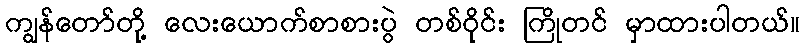
ကျွန်တော်တို့ လေးယောက်စာစားပွဲ တစ်ဝိုင်း ကြိုတင် မှာထားပါတယ်။